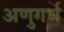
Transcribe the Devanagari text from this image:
अणुगर्भ